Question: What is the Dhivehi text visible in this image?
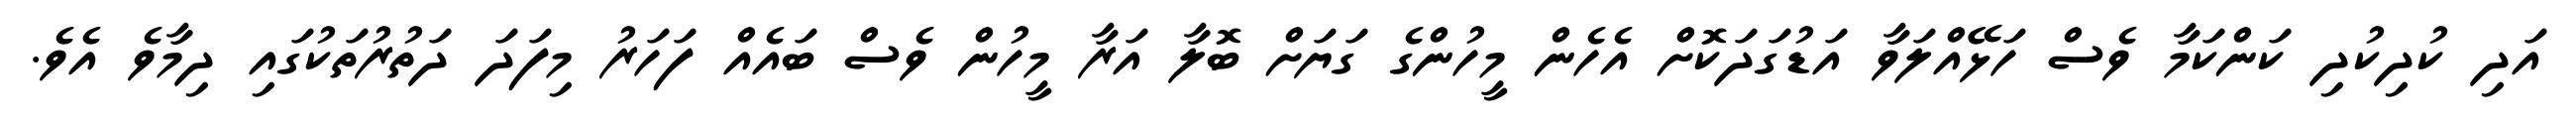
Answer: އަދި ކުދިކުދި ކަންކަމާ ވެސް ހަޅޭއްލަވާ އަޑުގަދަކޮށް އެހެން މީހުންގެ ގަޔަށް ބޮލާ އަރާ މީހުން ވެސް ބައެއް ފަހަރު މިފަދަ ދަތުރުތަކުގައި ދިމާވެ އެވެ.